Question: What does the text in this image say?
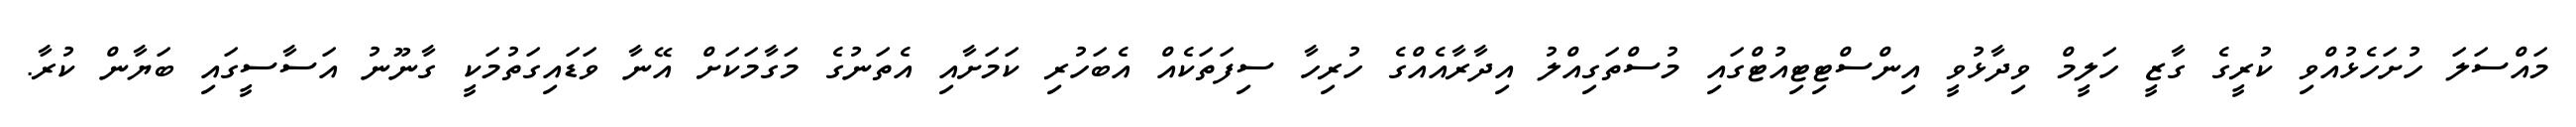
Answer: މައްސަލަ ހުށަހެޅުއްވި ކުރީގެ ގާޒީ ހަލީމް ވިދާޅުވީ އިންސްޓިޓިއުޓްގައި މުސްތަގިއްލު އިދާރާއެއްގެ ހުރިހާ ސިފަތަކެއް އެބަހުރި ކަމަށާއި އެތަނުގެ މަގާމަކަށް އޭނާ ވަޑައިގަތުމަކީ ގާނޫނު އަސާސީގައި ބަޔާން ކުރާ.